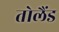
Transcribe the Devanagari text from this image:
तोलैंड